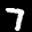
Label: 7